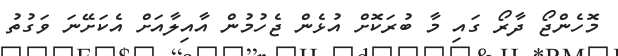
މޮހެންޖޯ ދާރޯ ގައި މާ ބުރަކޮށް އުޅެން ޖެހުމުން އާއިލާއަށް އެކަށޭނަ ވަގުތު